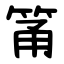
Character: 筩